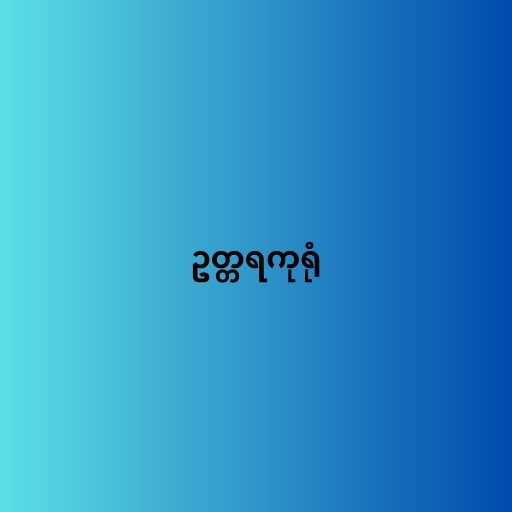
ဥတ္တရကုရုံ